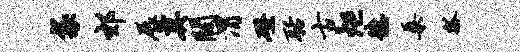
袋郊展奠阔渭磴聒古炬德桑瓢